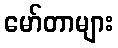
မော်တာများ